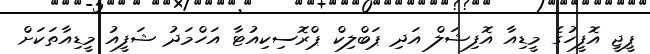
ޕީޖީ އޮފީހުގެ މީޑިއާ އޮފިޝަލް އަދި ޕަބްލިކް ޕްރޮސިކިއުޓާ އަހްމަދު ޝަފީއު މީޑިއާތަކަށް